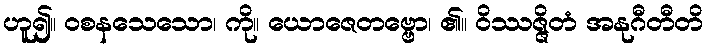
ဟူ၍။ ဝစနသေသော၊ ကို။ ယောဇေတဗ္ဗော၊ ၏။ ဝိဿဇ္ဇိတံ အနုဂီတီတိ